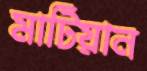
মাটিয়ান